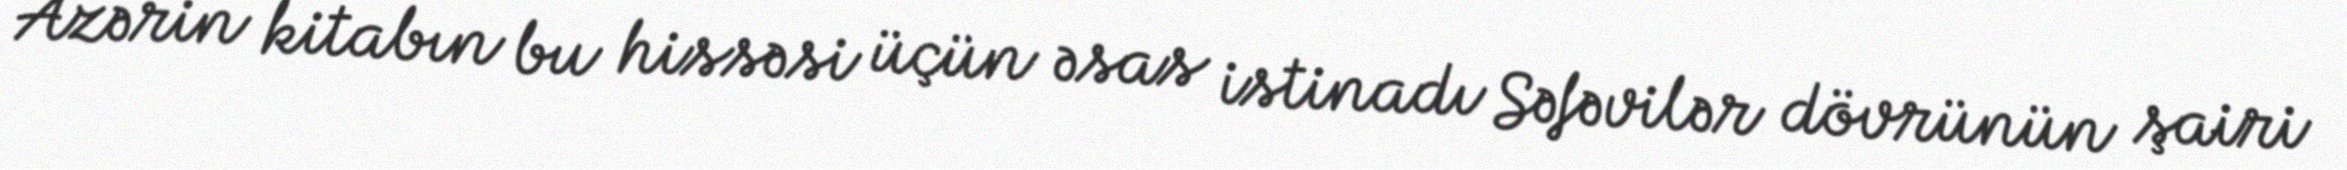
Azərin kitabın bu hissəsi üçün əsas istinadı Səfəvilər dövrünün şairi